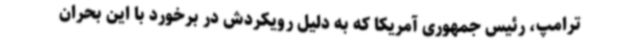
ترامپ، رئیس جمهوری آمریکا که به دلیل رویکردش در برخورد با این بحران